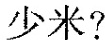
少米?